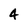
Character: 4